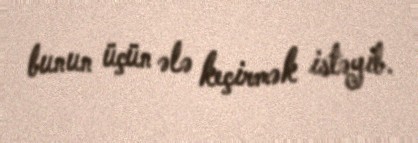
bunun üçün ələ keçirmək istəyib.